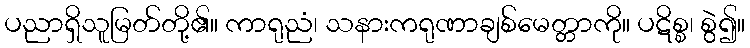
ပညာရှိသူမြတ်တို့၏။ ကာရုညံ၊ သနားကရုဏာချစ်မေတ္တာကို။ ပဋိစ္စ၊ စွဲ၍။